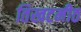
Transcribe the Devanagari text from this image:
तिखटमीठ